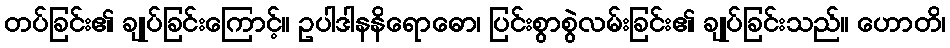
တပ်ခြင်း၏ ချုပ်ခြင်းကြောင့်။ ဥပါဒါနနိရောဓော၊ ပြင်းစွာစွဲလမ်းခြင်း၏ ချုပ်ခြင်းသည်။ ဟောတိ၊